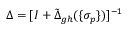
\Delta = [ I + \tilde { \Delta } _ { g h } ( \{ \sigma _ { p } \} ) ] ^ { - 1 }